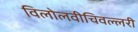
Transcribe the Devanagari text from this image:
विलोलवीचिवल्लरी